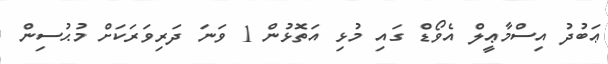
ޢަބުދު އިސްމާޢީލް އެވޯޑް ގައި މުޅި އަތޮޅުން 1 ވަނަ ދަރިވަރަކަށް މުޙުސިން